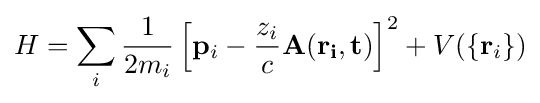
H=\sum _{i}{\frac {1}{2m_{i}}}\left[\mathbf {p} _{i}-{\frac {z_{i}}{c}}\mathbf {A(\mathbf {r} _{i},t)} \right]^{2}+V(\{\mathbf {r} _{i}\})